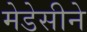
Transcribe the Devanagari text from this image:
मेडेसीने